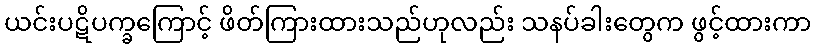
ယင်းပဋိပက္ခကြောင့် ဖိတ်ကြားထားသည်ဟုလည်း သနပ်ခါးတွေက ဖွင့်ထားကာ